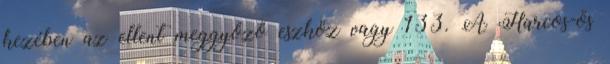
kezében az ellent meggyőző eszköz vagy 133. A Harcos-ős